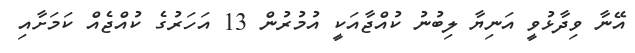
އޭނާ ވިދާޅުވީ އަނިޔާ ލިބުނު ކުއްޖާއަކީ އުމުރުން 13 އަހަރުގެ ކުއްޖެއް ކަމަށާއި